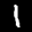
Label: 1